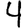
Digit: 4